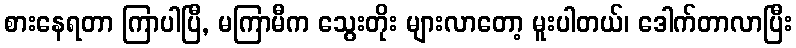
စားနေရတာ ကြာပါပြီ, မကြာမီက သွေးတိုး များလာတော့ မူးပါတယ်၊ ဒေါက်တာလာပြီး